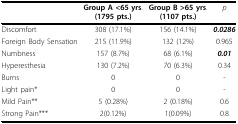
<table><thead><tr><td></td><td><b>Group A &lt;65 yrs.(1795 pts.)</b></td><td><b>Group B &gt;65 yrs.(1107 pts.)</b></td><td><b><i>p</i></b></td></tr></thead><tbody><tr><td>Discomfort</td><td>308 (17.1%)</td><td>156 (14.1%)</td><td><b><i>0.0286</i></b></td></tr><tr><td>Foreign Body Sensation</td><td>215 (11.9%)</td><td>132 (12%)</td><td>0.965</td></tr><tr><td>Numbness</td><td>157 (8.7%)</td><td>68 (6.1%)</td><td><b><i>0.01</i></b></td></tr><tr><td>Hyperesthesia</td><td>130 (7.2%)</td><td>70 (6.3%)</td><td>0.34</td></tr><tr><td>Burns</td><td>0</td><td>0</td><td>-</td></tr><tr><td>Light pain*</td><td>0</td><td>0</td><td>-</td></tr><tr><td>Mild Pain**</td><td>5 (0.28%)</td><td>2 (0.18%)</td><td>0.6</td></tr><tr><td>Strong Pain***</td><td>2(0.12%)</td><td>1(0.09%)</td><td>0.8</td></tr></tbody></table>